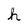
Character: h